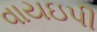
વાયઇપી